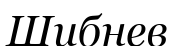
Шибнев